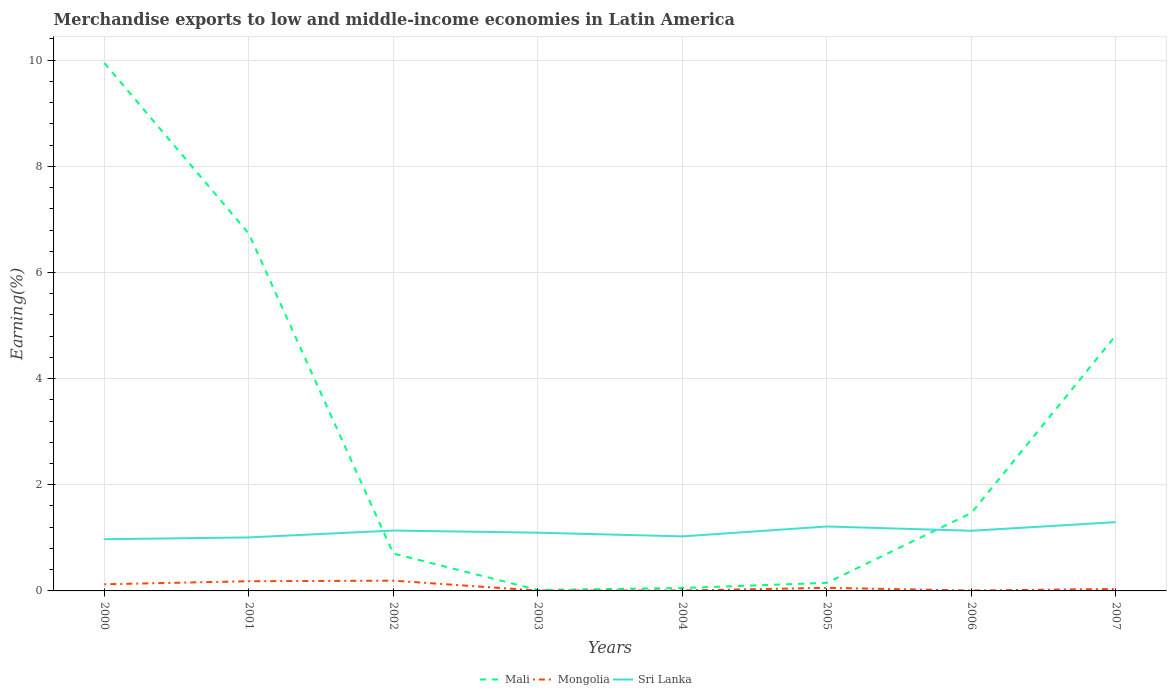
| Years | Mali | Mongolia | Sri Lanka |
 | --- | --- | --- | --- |
 | 2000 | 9.95 | 0.125 | 0.974 |
 | 2001 | 6.73 | 0.183 | 1.01 |
 | 2002 | 0.704 | 0.193 | 1.14 |
 | 2003 | 0.0179 | 0.00684 | 1.1 |
 | 2004 | 0.0541 | 0.00755 | 1.03 |
 | 2005 | 0.153 | 0.058 | 1.21 |
 | 2006 | 1.47 | 0.00802 | 1.13 |
 | 2007 | 4.82 | 0.0375 | 1.3 |